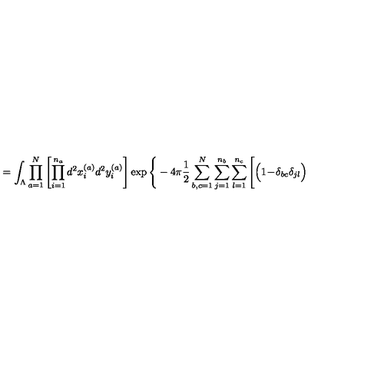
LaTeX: = \int _ { \Lambda } \prod _ { a = 1 } ^ { N } \left[ \prod _ { i = 1 } ^ { n _ { a } } d ^ { 2 } x _ { i } ^ { ( a ) } d ^ { 2 } y _ { i } ^ { ( a ) } \right] \exp \Bigg \{ - 4 \pi \frac { 1 } { 2 } \sum _ { b , c = 1 } ^ { N } \sum _ { j = 1 } ^ { n _ { b } } \sum _ { l = 1 } ^ { n _ { c } } \Bigg [ \Big ( 1 \! - \! \delta _ { b c } \delta _ { j l } \Big )